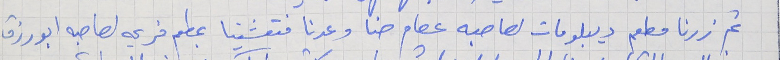
ثم زرنا مطهم ديبلومات لصاحبه عصام حنا وعدنا فتعشينا بعطم فريحه لصاحبه ابو رزق